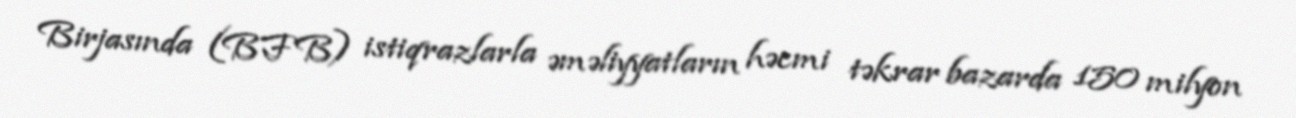
Birjasında (BFB) istiqrazlarla əməliyyatların həcmi təkrar bazarda 150 milyon